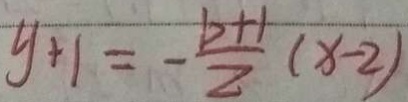
y + 1 = - \frac { b + 1 } { 2 } ( x - 2 )